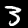
Label: 3